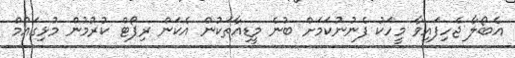
އެބޯލާ ޖެހިފައިވާ މީހަކު ފެނުނުކަމަށް ބުނެ މީޑިއާތަކުން އެކަން ރިޕޯޓް ކުރުމުން މުޅިގައުމް